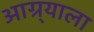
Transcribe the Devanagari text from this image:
आग्र्‍याला